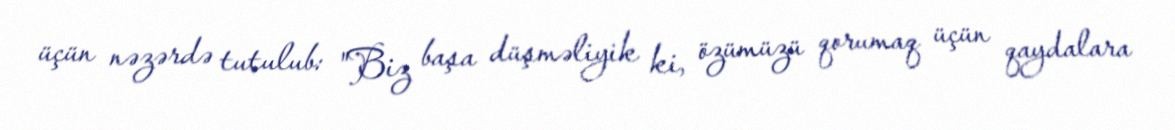
üçün nəzərdə tutulub: "Biz başa düşməliyik ki, özümüzü qorumaq üçün qaydalara